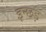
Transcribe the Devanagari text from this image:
इन्छड़